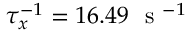
\tau _ { x } ^ { - 1 } = 1 6 . 4 9 ~ \mathrm { ~ s ~ } ^ { - 1 }